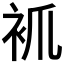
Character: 𧘷